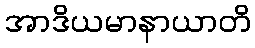
အာဒိယမာနာယာတိ